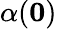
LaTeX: \alpha(\textbf{0})